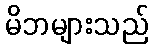
မိဘများသည်